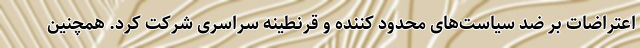
اعتراضات بر ضد سیاست‌های محدود کننده و قرنطینه سراسری شرکت کرد. همچنین